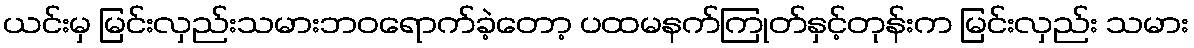
ယင်းမှ မြင်းလှည်းသမားဘဝရောက်ခဲ့တော့ ပထမနက်ကြုတ်နှင့်တုန်းက မြင်းလှည်း သမား